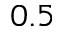
0 . 5